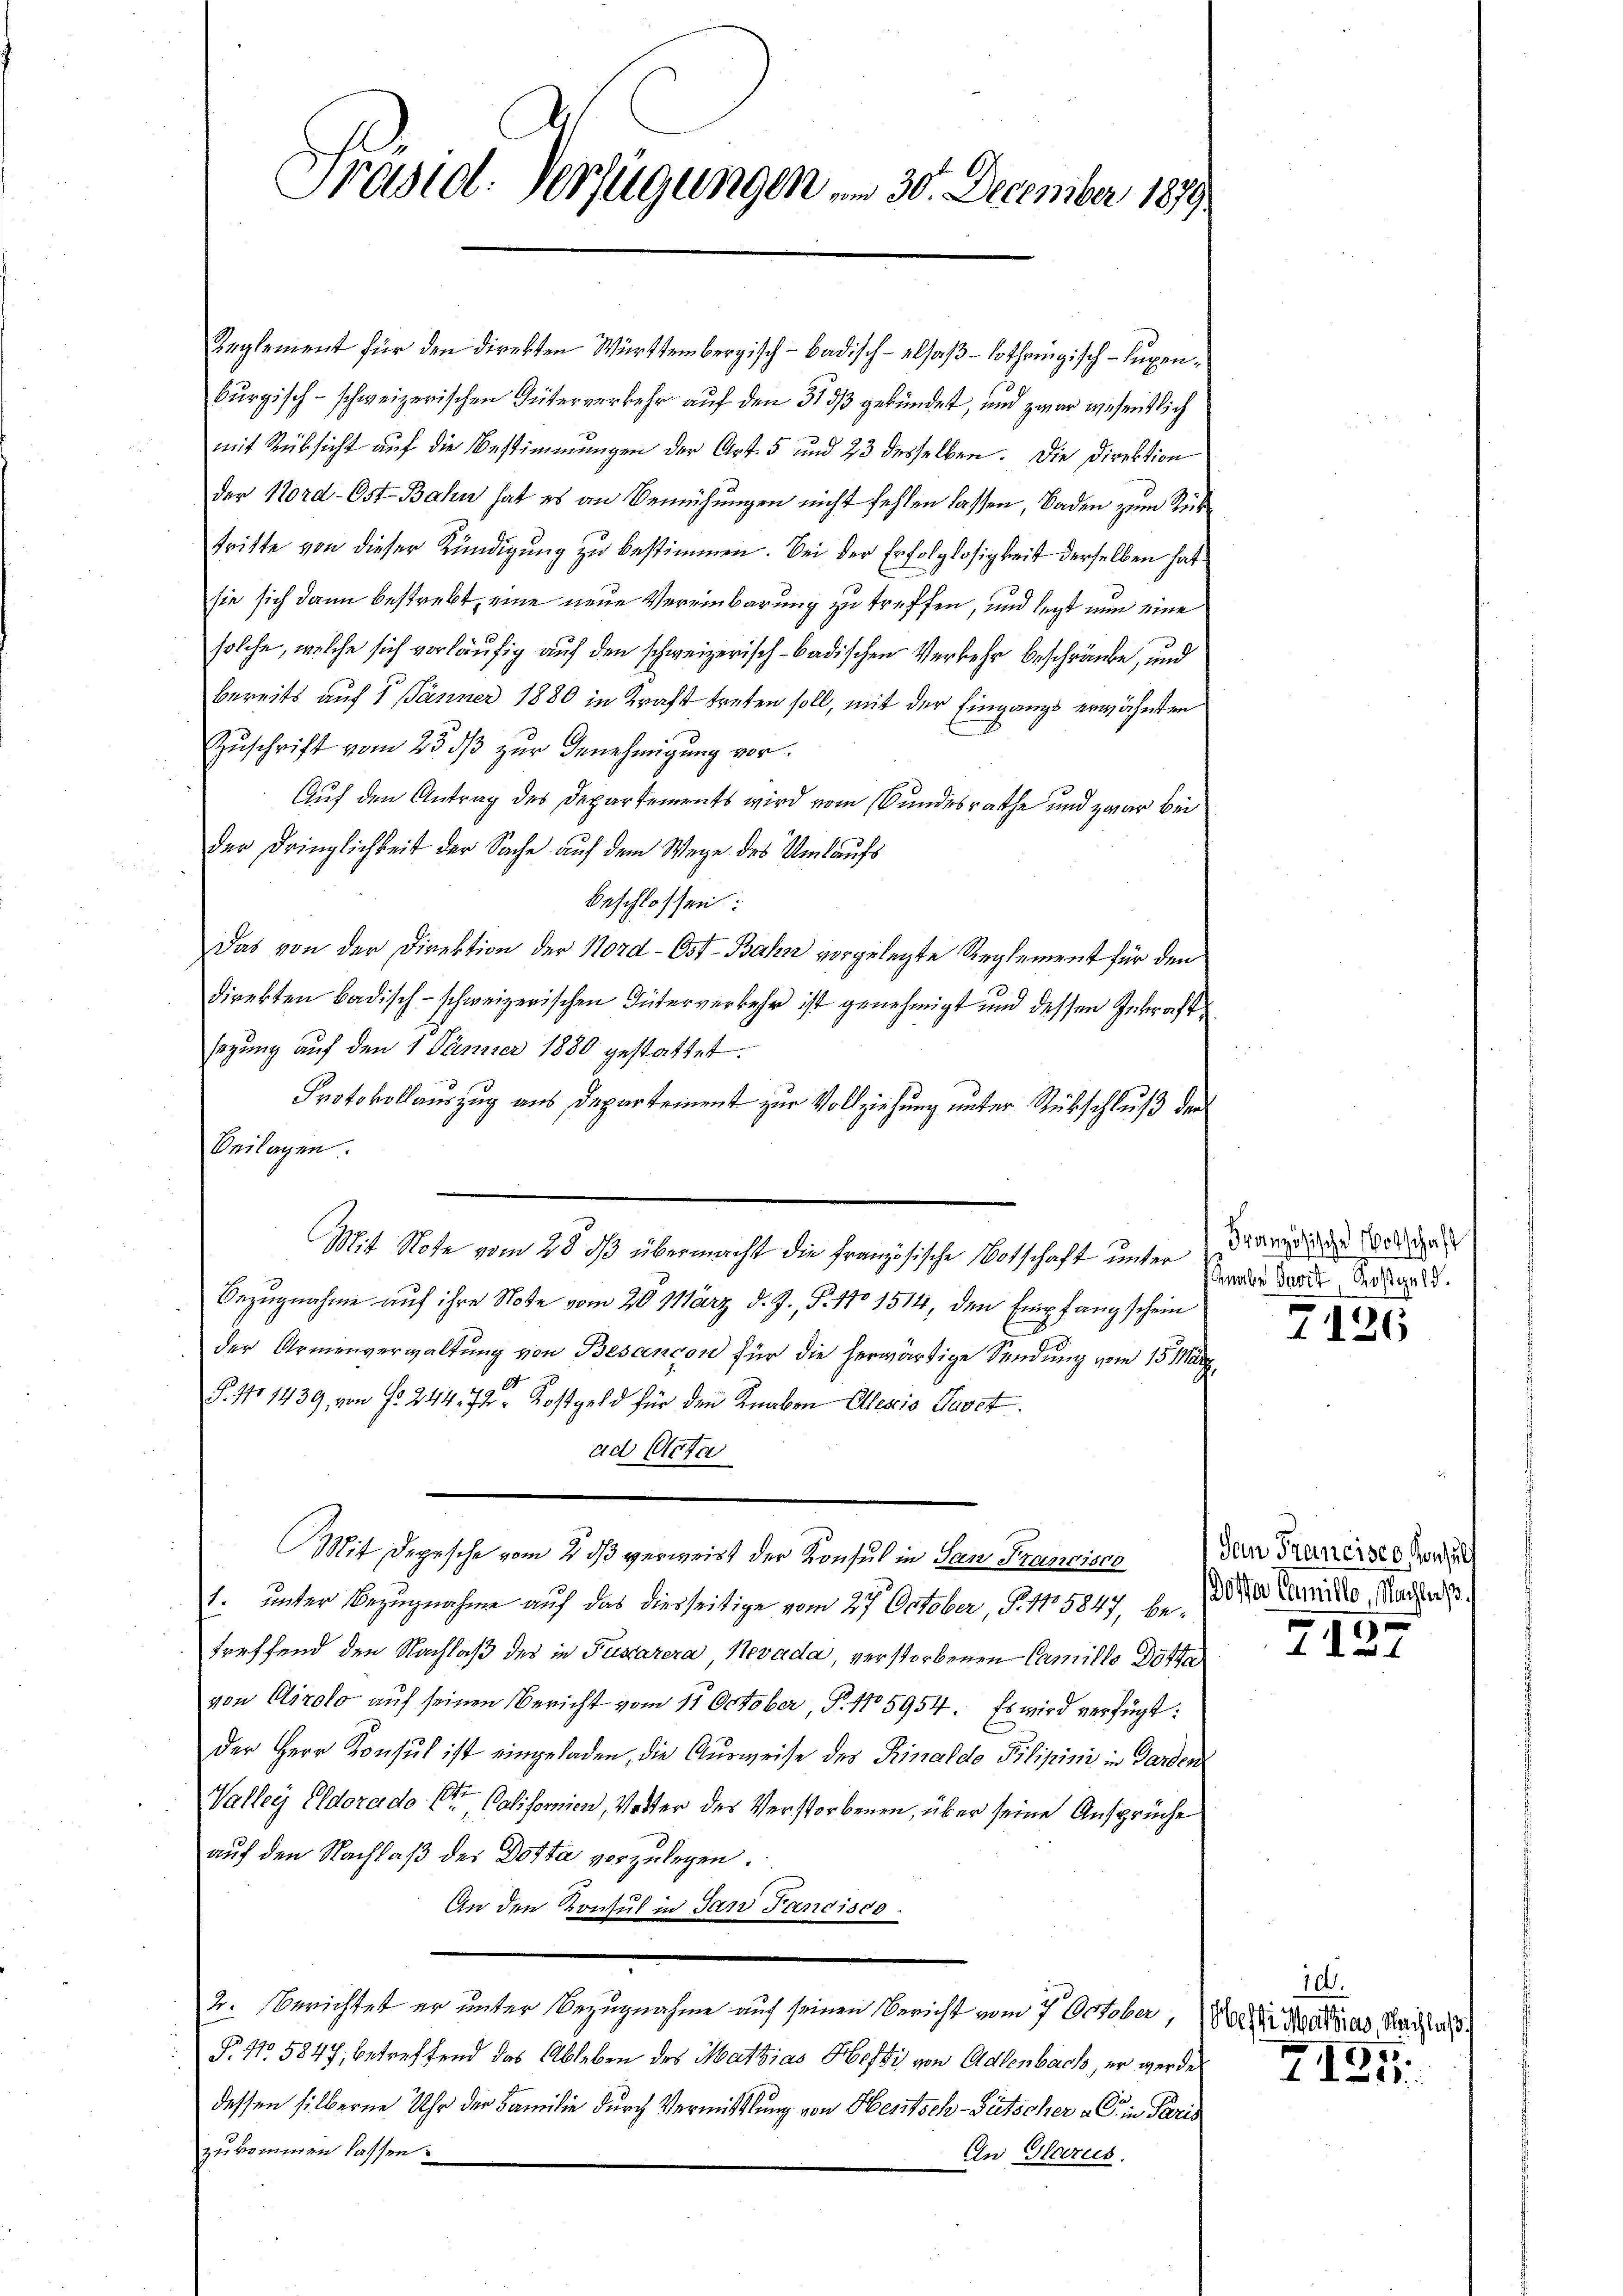
Präsid. Verfügungen am 30. December 1879.

Reglement für den direkten Württembergisch - badisch-elsaß – lothringisch-Supenburgisch-schweizerischen Güterverkehr auf den 313/3 gekündet, und zwar wesentlich
mit Rüksicht auf die Bestimmungen der Art. 5 und 23 desselben. Die Direktion
der Nord- Ost-Bahn hat es an Bemühungen nicht fehlen lassen, Baden zum Rücktritte von dieser Kündigung zu bestimmen. Bei der Erfolglosigkeit derselben hat
sie sich dann bestrebt, eine neue Vereinbarung zu treffen, und legt nun eine
solche, welche sich vorläufig auf den schweizerisch-badischen Verkehr beschränke, und
bereits auf 1 Jänner 1880 in Kraft treten soll, mit der Eingangs erwähnten
Zŭschrift vom 23. dβ zur Genehmigung vor.
Auf den Antrag des Departements wird vom Bundesrathe und zwar bei
der Dringlichkeit der Sache auf dem Wege des Umlaufs
beschlossen:
Das von der Direktion der Nord- Ost-Bahn vorgelegte Reglement für den
direkten badisch-schweizerischen Güterverkehr ist genehmigt und dessen Inkraft
sagung auf den 1 Jänner 1880 gestattet.
30
Protokollauszug aus Departement zur Vollziehung unter Rückschluß der
Beilagen.
Bezugnahme auf ihre Note vom 20. März d. J., S. 110 1514, den Empfangschein
der Armenverwaltung von Besançon für die herwärtige Sendung vom 15. März
§. 111 1439, von No. 244. 72 Kostgeld für den Knaben Allesis Gasst.
ad Acta
Mit Depesche vom 2. dβ verweist der Konsul in San Francisca
1. unter Bezugnahme auf das dierseitige vom 27. October, S. 11. 5847. 6. Jan Camilio, Nachtes
treffend den Nachlaß des in Pusarera, Novada, verstorbenen Camillo Dotte
von Airolo aŭf seinen Bericht vom 11. October, P. No 5954. Es wird verfügt:
der Herr Konsul ist eingeladen, die Ausweise des Rinaldo Pilipini in Garden
Valler Eldorado ster Politorien, Vetter des Verstorbenen, über seine Ansprüche
auf den Nachlaß des Dotta vorzulegen.
An den Konsul in San Fancisco
2. berichtet er unter Bezugnahme auf seinen Bericht vom 7. October, Waldi Mathias Nachla
P. No. 5847, betreffend das Ableben des Mathias Hefti von Adlenbach, er werden
dessen silberne Uhr der Familie durch Vermittlung von Heritsch-Gutscher a C in Paris
zukommen lassen.
Gu Glarus.

Mit Note vom 28. ds übermacht die französische Botschaft unter Diarii vollst

Knabe Pavit, Rostgeld.

San Francisco, Konsult

104.

7126

417

1
125.